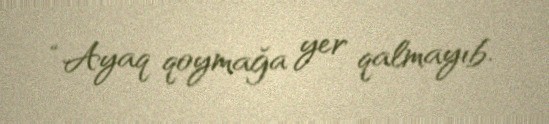
“Ayaq qoymağa yer qalmayıb.